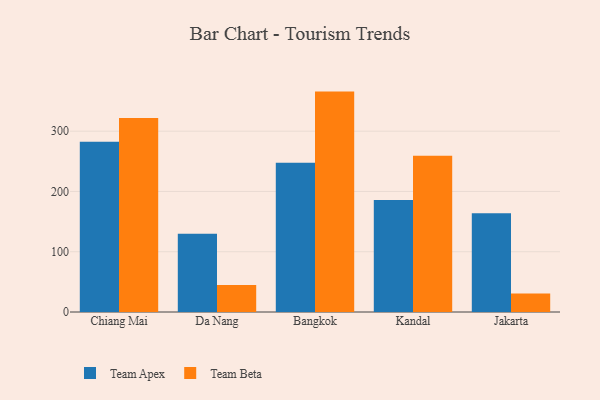
{"axis": {"x": "City", "y": "Demand Index"}, "legend": ["Team Apex", "Team Beta"], "data": [{"x": "Chiang Mai", "y": 282.3, "type": "Team Apex"}, {"x": "Chiang Mai", "y": 321.7, "type": "Team Beta"}, {"x": "Da Nang", "y": 129.7, "type": "Team Apex"}, {"x": "Da Nang", "y": 45.0, "type": "Team Beta"}, {"x": "Bangkok", "y": 247.5, "type": "Team Apex"}, {"x": "Bangkok", "y": 365.7, "type": "Team Beta"}, {"x": "Kandal", "y": 185.7, "type": "Team Apex"}, {"x": "Kandal", "y": 259.2, "type": "Team Beta"}, {"x": "Jakarta", "y": 164.0, "type": "Team Apex"}, {"x": "Jakarta", "y": 30.6, "type": "Team Beta"}]}